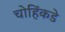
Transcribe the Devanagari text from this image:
चोहिंकडे